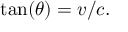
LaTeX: \tan ( \theta ) = v / c .